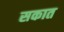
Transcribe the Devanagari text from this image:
सकात